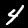
Label: 4